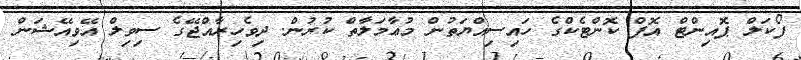
ފޯކަލް ޕޮއިންޓް އޮފް ކޮންޓެކްގެ ހައިސިއްޔަތުން މުޢާމަލާތް ކުރުން. ދިވެހިރާއްޖޭގެ ސިވިލް އޭވިއޭޝަން